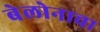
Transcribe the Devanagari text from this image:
बेलोनाचा